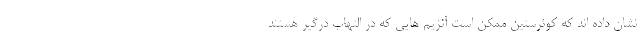
نشان داده اند که کوئرستین ممکن است آنزیم هایی که در التهاب درگیر هستند